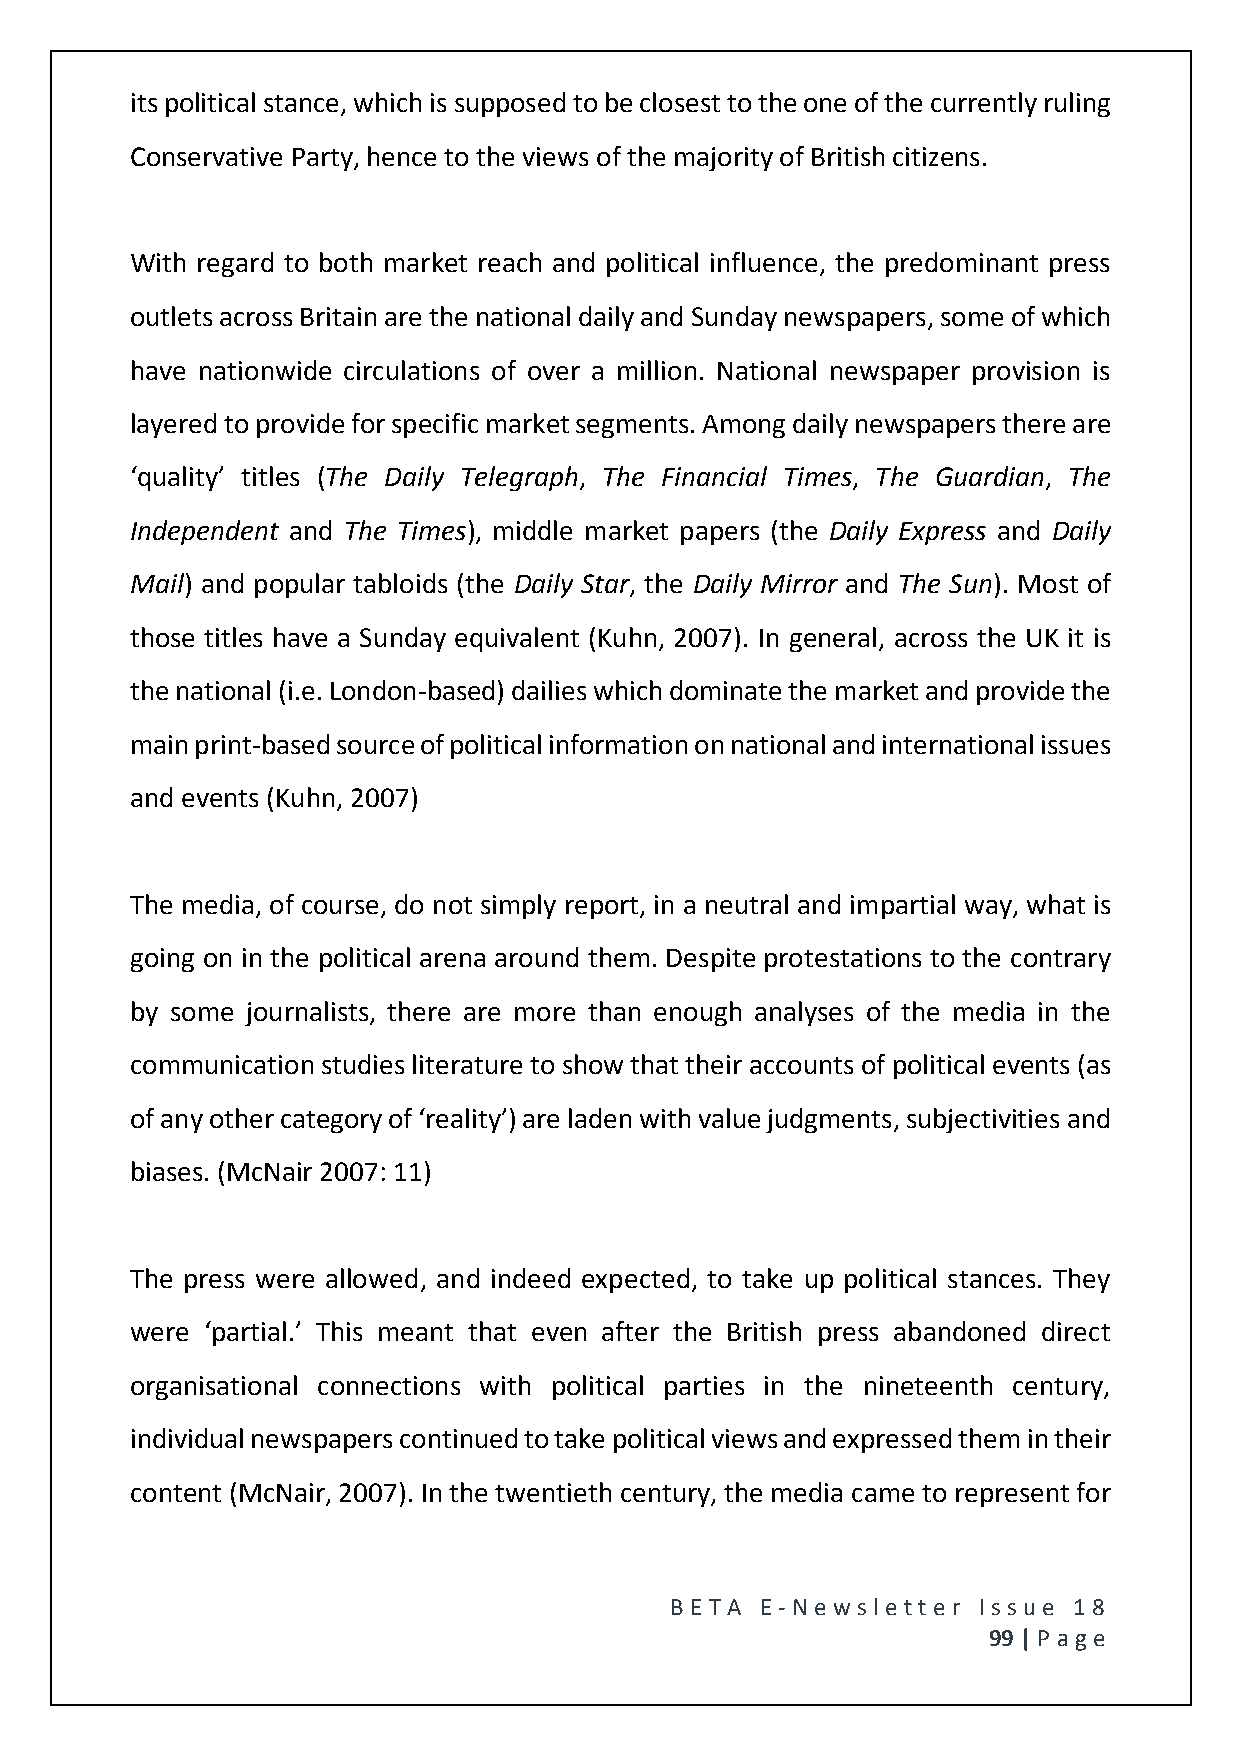
its political stance, which is supposed to be closest to the one of the currently ruling
 Conservative Party, hence to the views of the majority of British citizens.
 With regard to both market reach and political influence, the predominant press
 outlets across Britain are the national daily and Sunday newspapers, some of which
 have nationwide circulations of over a million. National newspaper provision is
 layered to provide for specific market segments. Among daily newspapers there are
 ‘quality’ titles (The Daily Telegraph, The Financial Times, The Guardian, The
 Independent and The Times), middle market papers (the Daily Express and Daily
 Mail) and popular tabloids (the Daily Star, the Daily Mirror and The Sun). Most of
 those titles have a Sunday equivalent (Kuhn, 2007). In general, across the UK it is
 the national (i.e. London-based) dailies which dominate the market and provide the
 main print-based source of political information on national and international issues
 and events (Kuhn, 2007)
 The media, of course, do not simply report, in a neutral and impartial way, what is
 going on in the political arena around them. Despite protestations to the contrary
 by some journalists, there are more than enough analyses of the media in the
 communication studies literature to show that their accounts of political events (as
 of any other category of ‘reality’) are laden with value judgments, subjectivities and
 biases. (McNair 2007: 11)
 The press were allowed, and indeed expected, to take up political stances. They
 were ‘partial.’ This meant that even after the British press abandoned direct
 organisational connections with political parties in the nineteenth century,
 individual newspapers continued to take political views and expressed them in their
 content (McNair, 2007). In the twentieth century, the media came to represent for
 BE T A E -N e wsle tt e r Issue 18
 99 | P age